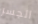
الجسر